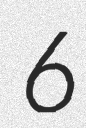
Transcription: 6